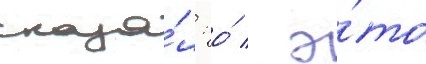
сказа́л: о́ / э́то